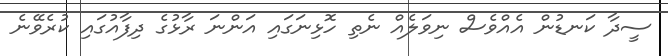
ސީދާ ކަނޑުން އެއްވެސް ނިވަލެއް ނެތި ހޮޅިނަގައި އަންނަ ރާޅުގެ ދިފާއުގައި ކުރެވޭނެ